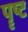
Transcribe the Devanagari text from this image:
पॄष्ट